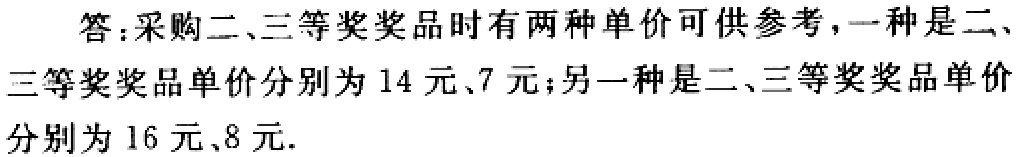
答：采购二、三等奖奖品时有两种单价可供参考，一种是二、三等奖奖品单价分别为14 元、7 元；另一种是二、三等奖奖品单价分别为16 元、8 元.